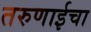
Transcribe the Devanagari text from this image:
तरुणाईचा